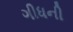
ગીધની